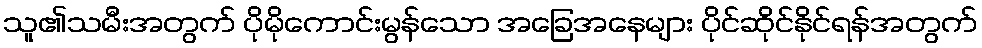
သူ၏သမီးအတွက် ပိုမိုကောင်းမွန်သော အခြေအနေများ ပိုင်ဆိုင်နိုင်ရန်အတွက်